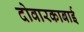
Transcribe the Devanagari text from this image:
दोवारकाबाई